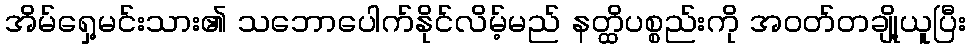
အိမ်ရှေ့မင်းသား၏ သဘောပေါက်နိုင်လိမ့်မည် နတ္ထိပစ္စည်းကို အဝတ်တချို့ယူပြီး